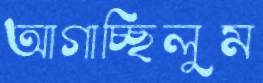
আগাচ্ছিলুম